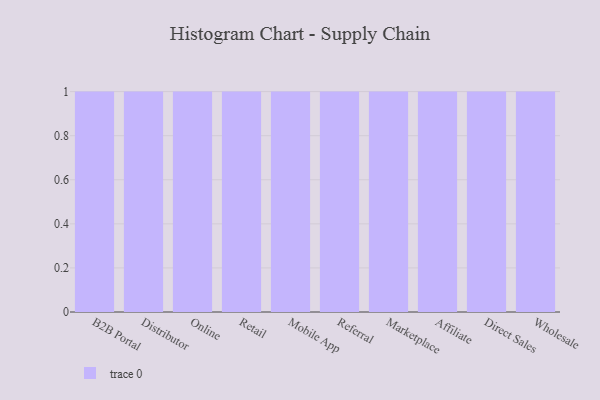
{"axis": {"x": "Channel", "y": "Headcount"}, "legend": [""], "data": [{"x": "B2B Portal", "y": 13, "type": ""}, {"x": "Distributor", "y": 42, "type": ""}, {"x": "Online", "y": 33, "type": ""}, {"x": "Retail", "y": 69, "type": ""}, {"x": "Mobile App", "y": 65, "type": ""}, {"x": "Referral", "y": 4, "type": ""}, {"x": "Marketplace", "y": 59, "type": ""}, {"x": "Affiliate", "y": 98, "type": ""}, {"x": "Direct Sales", "y": 55, "type": ""}, {"x": "Wholesale", "y": 8, "type": ""}]}